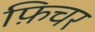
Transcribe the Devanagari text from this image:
फ़िचर